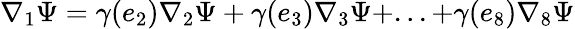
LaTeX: \nabla_{1}\Psi=\gamma(e_{2})\nabla_{2}\Psi+\gamma(e_{3})\nabla_{3}\Psi+...+\gamma(e_{8})\nabla_{8}\Psi